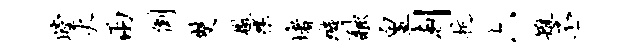
瞠火两倒双檄衢堵璇融皇剡抗六雉丕